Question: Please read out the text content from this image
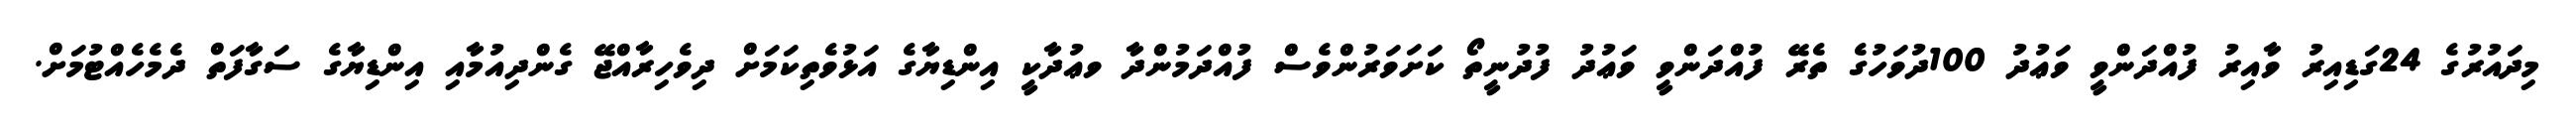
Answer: މިދައުރުގެ 24ގަޑިއިރު ވާއިރު ފުއްދަންވީ ވަޢުދު 100ދުވަހުގެ ތެރޭ ފުއްދަންވީ ވަޢުދު ފުދުނީތޯ ކަށަވަރުންވެސް ފުއްދަމުންދާ ވޢުދާކީ އިންޑިޔާގެ އަޅުވެތިކަމަށް ދިވެހިރާއްޖޭ ގެންދިއުމާއި އިންޑިޔާގެ ސަގާފަތް ދެމެހެއްޓުމަށް.